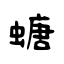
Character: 螗